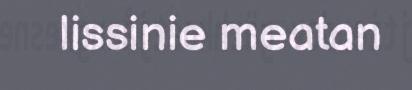
lissinie meatan